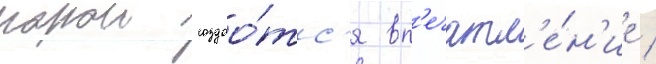
порои создао́тс'я вп'ечатл'е́н'ие /